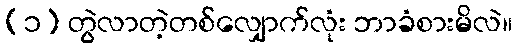
(၁) တွဲလာတဲ့တစ်လျှောက်လုံး ဘာခံစားမိလဲ။